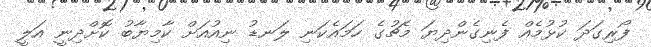
ފޯރިގަދަ ކުޅުމެއް ފެނިގެންދިޔަ މެޗުގެ ހަމައެކަނި ލަނޑު ނިއުއަށް ކާމިޔާބު ކޮށްދިނީ އަލީ